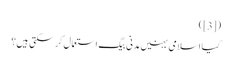
([3])
کیا اسلامی بہنیں مَدَنی بیگ اِستعمال کر سکتی ہیں؟